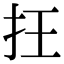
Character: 抂